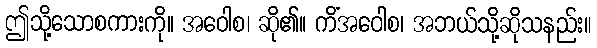
ဤသို့သောစကားကို။ အဝေါစ၊ ဆို၏။ ကိံအဝေါစ၊ အဘယ်သို့ဆိုသနည်း။